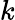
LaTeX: \textit{k}